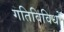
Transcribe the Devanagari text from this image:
गतिविविधों